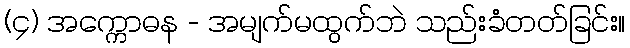
(၄) အက္ကောဓန - အမျက်မထွက်ဘဲ သည်းခံတတ်ခြင်း။